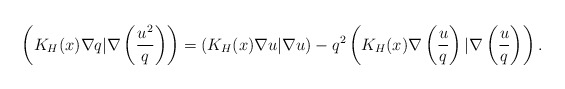
\begin{align*}\left(K_H(x)\nabla q| \nabla\left( \frac{u^2}{q}\right) \right)=\left(K_H(x)\nabla u|\nabla u\right)- q^2\left(K_H(x)\nabla \left( \frac{u}{q}\right) |\nabla \left( \frac{u}{q}\right) \right).\end{align*}